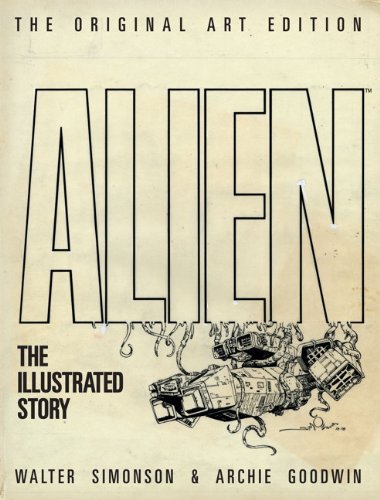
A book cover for Alien: The Illustrated Story (Original Art Edition); Archie Goodwin; Arts & Photography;